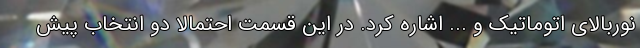
نوربالای اتوماتیک و ... اشاره کرد. در این قسمت احتمالا دو انتخاب پیش